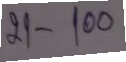
21 - 100